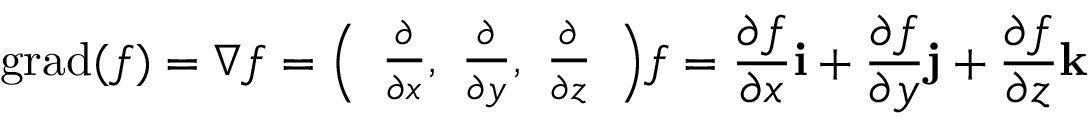
\operatorname { g r a d } ( f ) = \nabla f = { \left( \begin{array} { l } { { \frac { \partial } { \partial x } } , \ { \frac { \partial } { \partial y } } , \ { \frac { \partial } { \partial z } } } \end{array} \right) } f = { \frac { \partial f } { \partial x } } \mathbf { i } + { \frac { \partial f } { \partial y } } \mathbf { j } + { \frac { \partial f } { \partial z } } \mathbf { k }